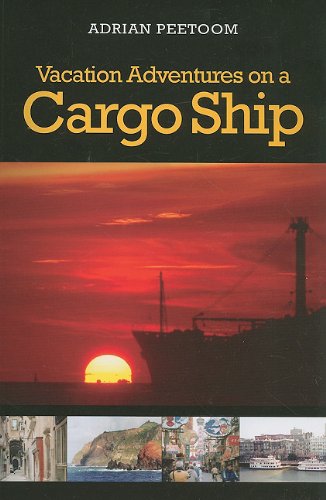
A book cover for Vacation Adventures on a Cargo Ship; Adrian Peetoom; Travel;